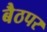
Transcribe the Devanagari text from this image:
बैठपर